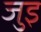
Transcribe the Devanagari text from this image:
जुइ